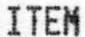
ITEM